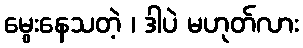
မွေးနေသတဲ့ ၊ ဒါပဲ မဟုတ်လား